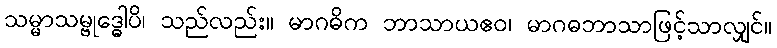
သမ္မာသမ္ဗုဒ္ဓေါပိ၊ သည်လည်း။ မာဂဓိက ဘာသာယဧဝ၊ မာဂဓဘာသာဖြင့်သာလျှင်။